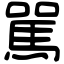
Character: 駡